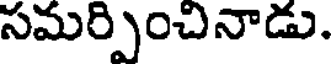
సమర్పించినాడు.